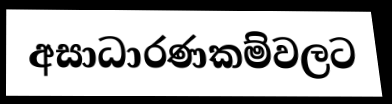
අසාධාරණකම්වලට